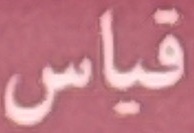
قیاس